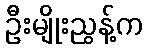
ဦးမျိုးညွန့်က